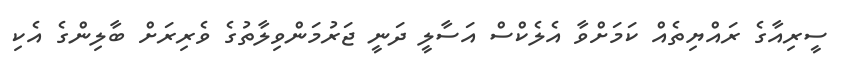
ސީރިއާގެ ރައްޔިތެއް ކަމަށްވާ އެލެކްސް އަސާލީ ދަނީ ޖަރުމަންވިލާތުގެ ވެރިރަށް ބާލިންގެ އެކި